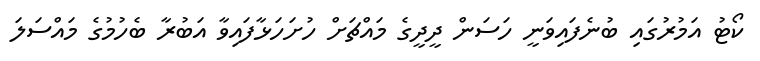
ކޯޓު އަމުރުގައި ބުނެފައިވަނީ ހަސަން ދީދީގެ މައްޗަށް ހުށަހަޅާފައިވާ އަބުރާ ބެހުމުގެ މައްސަލަ